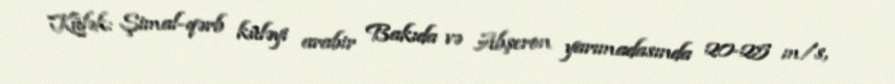
Külək: Şimal-qərb küləyi arabir Bakıda və Abşeron yarımadasında 20-25 m/s,